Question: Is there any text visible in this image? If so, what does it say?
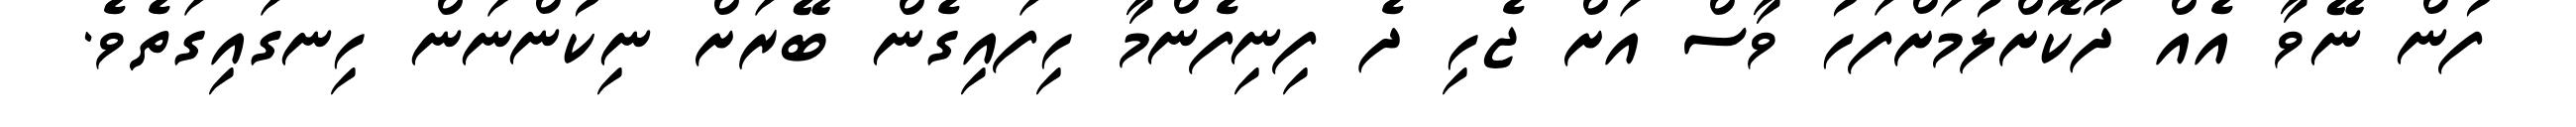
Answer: ފުން ނޭވާ އެއް ދޫކޮށްލުމަށްފަހު ވާސް އަށް ޖެހި ދެ ފިނިފެންމާ ހިފައިގެން ބޭރަށް ނިކުންނަން ހިނގައިގަތެވެ.